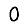
Digit: 0